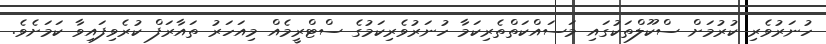
ހުނަރުވެރި ކުރުމަށް ސްކޫލްތަކުގައި މަސައްކަތްތެރިކަމާ ހުނަރުވެރިކަމުގެ ސްޓްރީމެއް މިއަހަރު ތައާރަފް ކުރެވިފައިވާ ކަމަށެވެ.